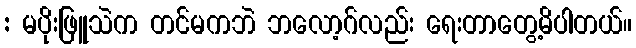
: မပိုးဖြူသဲက တင်မကဘဲ ဘလော့ဂ်လည်း ရေးတာတွေ့မိပါတယ်။